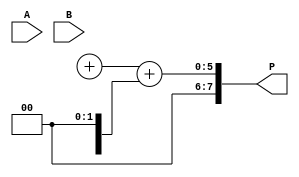
module WallaceTreeMultiplier #(parameter N = 4) (
    input [N-1:0] A, // N-bit input A
    input [N-1:0] B, // N-bit input B
    output [2*N-1:0] P // 2N-bit output product
);

    // Partial Product Generation
    wire [N-1:0] pp[N-1:0]; // Partial products
    genvar i, j;
    generate
        for (i = 0; i < N; i = i + 1) begin : pp_gen
            for (j = 0; j < N; j = j + 1) begin : pp_row
                assign pp[i][j] = A[i] & B[j]; // AND operation for partial products
            end
        end
    endgenerate

    // Wallace Tree Reduction
    wire [N-1:0] sum[N-1:0]; // Sums from CSAs
    wire [N-1:0] carry[N-1:0]; // Carries from CSAs

    // First stage of reduction using 3-to-2 CSAs
    generate
        for (i = 0; i < N; i = i + 1) begin : CSA_stage1
            if (i % 3 == 0 && i + 2 < N) begin
                // 3-to-2 CSA
                assign {carry[i/3], sum[i/3]} = pp[i] + pp[i+1] + pp[i+2];
            end else if (i % 3 == 1 && i + 1 < N) begin
                // 2-to-1 CSA
                assign {carry[i/3], sum[i/3]} = pp[i] + pp[i+1];
            end else if (i % 3 == 2) begin
                // Pass through
                assign sum[i/3] = pp[i];
                assign carry[i/3] = 0;
            end
        end
    endgenerate

    // Further stages of reduction
    wire [N-1:0] sum_next[N-1:0];
    wire [N-1:0] carry_next[N-1:0];

    generate
        for (i = 0; i < (N + 2) / 3; i = i + 1) begin : CSA_stage2
            if (i % 3 == 0 && i + 2 < (N + 2) / 3) begin
                assign {carry_next[i/3], sum_next[i/3]} = sum[i] + sum[i+1] + sum[i+2];
            end else if (i % 3 == 1 && i + 1 < (N + 2) / 3) begin
                assign {carry_next[i/3], sum_next[i/3]} = sum[i] + sum[i+1];
            end else if (i % 3 == 2) begin
                assign sum_next[i/3] = sum[i];
                assign carry_next[i/3] = 0;
            end
        end
    endgenerate

    // Final addition
    wire [N-1:0] final_sum;
    wire [N-1:0] final_carry;

    assign {final_carry, final_sum} = sum_next[0] + carry_next[0];

    // Output product
    assign P = {final_carry, final_sum} + {1'b0, sum_next[1]}; // Final addition with the remaining sum

endmodule